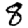
Digit: 8